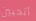
أتحبين